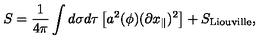
S = \frac { 1 } { 4 \pi } \int d \sigma d \tau \left[ a ^ { 2 } ( \phi ) ( \partial x _ { \parallel } ) ^ { 2 } \right] + S _ { \mathrm { L i o u v i l l e } } ,